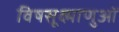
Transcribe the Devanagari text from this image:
विषसूक्ष्माणुओं